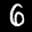
Label: 6